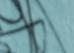
Signature authenticity: forged